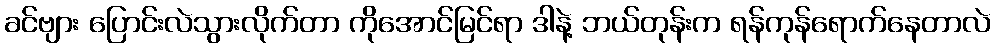
ခင်ဗျား ပြောင်းလဲသွားလိုက်တာ ကိုအောင်မြင်ရာ ဒါနဲ့ ဘယ်တုန်းက ရန်ကုန်ရောက်နေတာလဲ